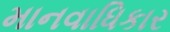
માનવાધિકાર